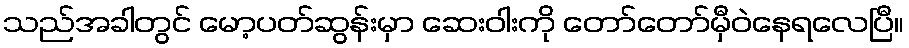
သည်အခါတွင် မော့ပတ်ဆွန်းမှာ ဆေးဝါးကို တော်တော်မှီဝဲနေရလေပြီ။